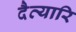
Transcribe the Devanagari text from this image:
दैत्यारि